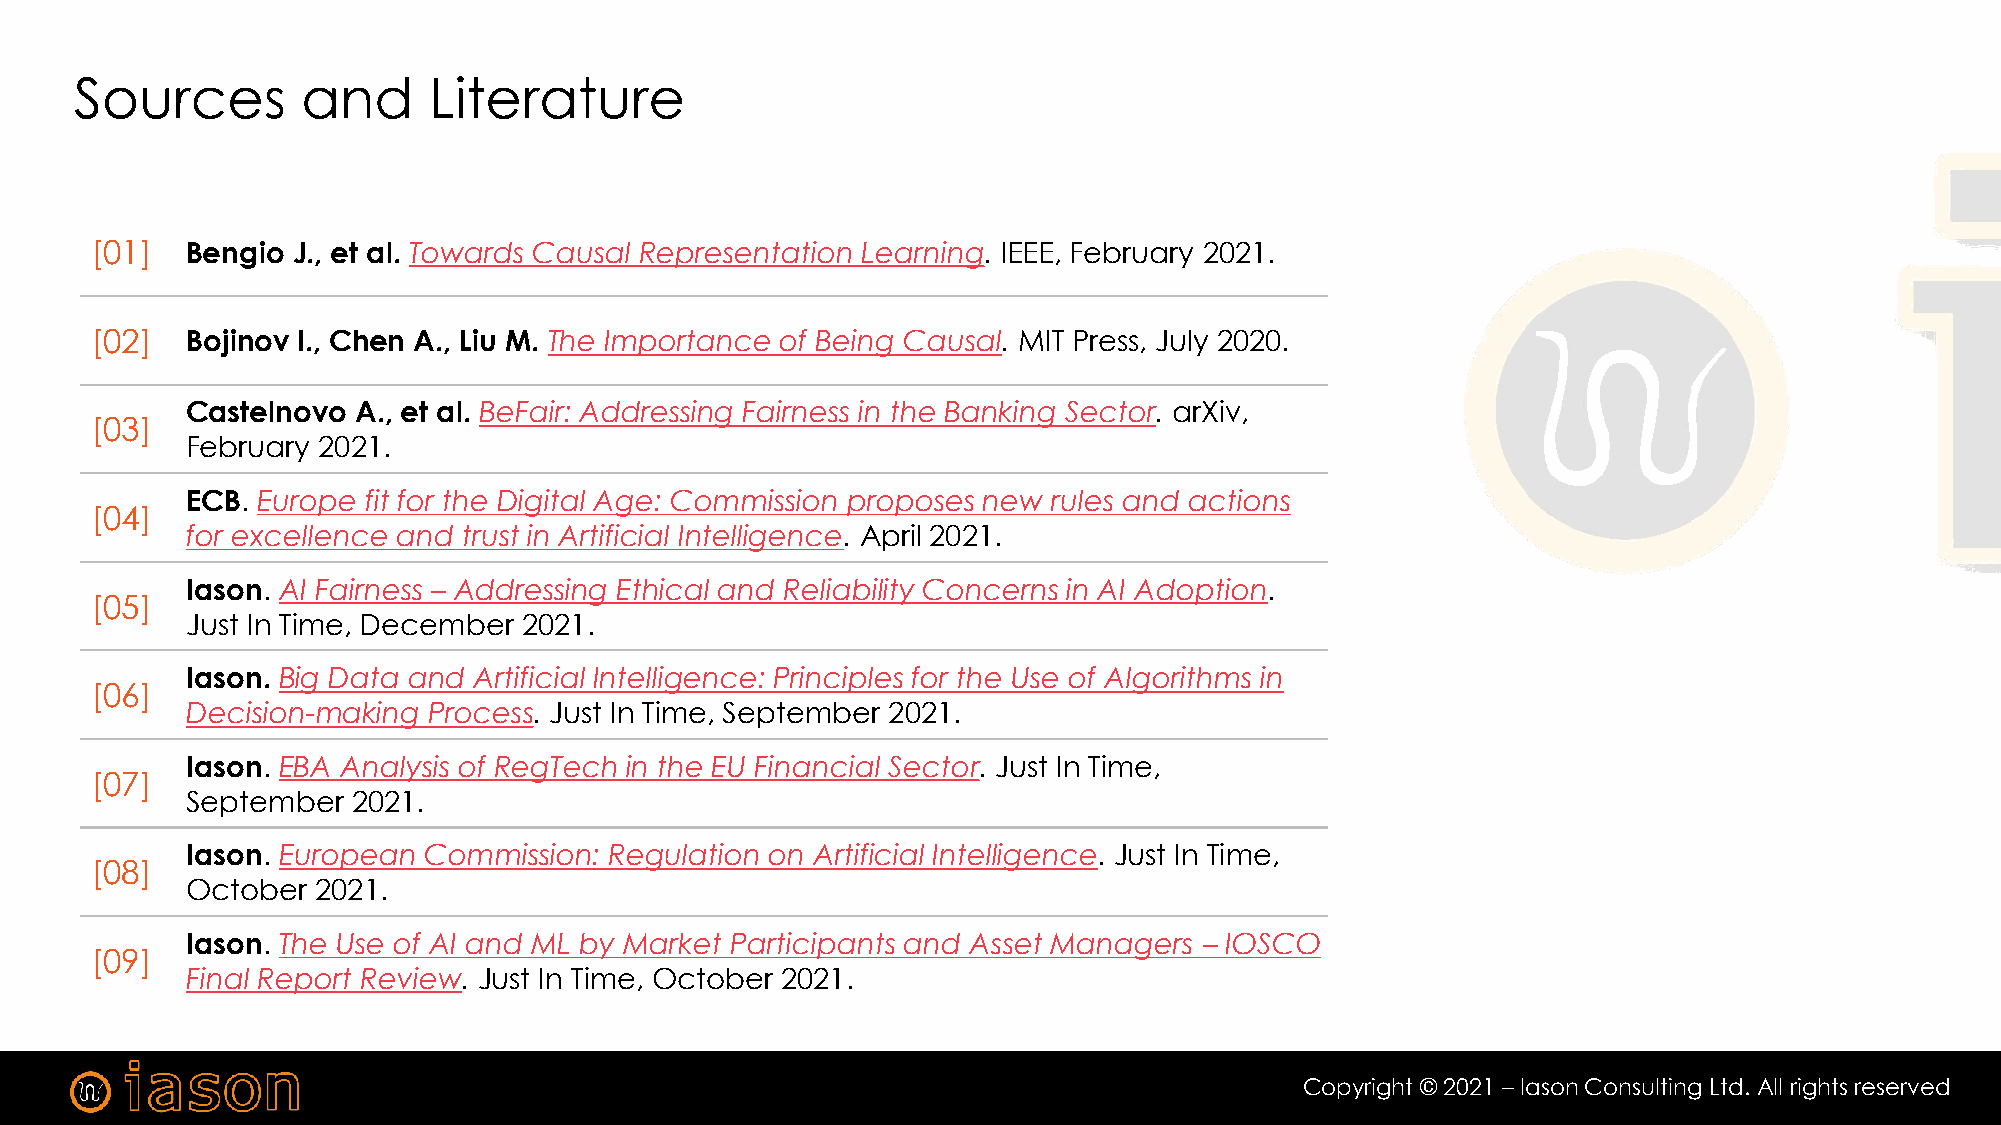
Sources        and     Literature
 [01]  Bengio J., et al. Towards Causal Representation Learning. IEEE, February 2021.
 [02]  Bojinov I., Chen A., Liu M. The Importance of Being Causal. MIT Press, July 2020.
 Castelnovo A., et al. BeFair: Addressing Fairness in the Banking Sector. arXiv,
 [03]
 February 2021.
 ECB. Europe fit for the Digital Age: Commission proposes new rules and actions
 [04]
 for excellence and trust in Artificial Intelligence. April 2021.
 Iason. AI Fairness – Addressing Ethical and Reliability Concerns in AI Adoption.
 [05]
 Just In Time, December 2021.
 Iason. Big Data and Artificial Intelligence: Principles for the Use of Algorithms in
 [06]
 Decision-making Process. Just In Time, September 2021.
 Iason. EBA Analysis of RegTech in the EU Financial Sector. Just In Time,
 [07]
 September  2021.
 Iason. European Commission: Regulation on Artificial Intelligence. Just In Time,
 [08]
 October  2021.
 Iason. The Use of AI and ML by Market Participants and Asset Managers – IOSCO
 [09]
 Final Report Review. Just In Time, October 2021.
 Copyright © 2021 – Iason Consulting Ltd. All rights reserved